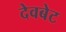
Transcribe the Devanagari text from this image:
देवबेट